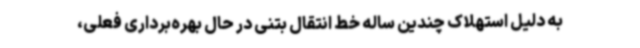
به دلیل استهلاک چندین ساله خط انتقال بتنی در حال بهره‌برداری فعلی،